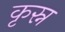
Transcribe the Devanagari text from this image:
कृस्न